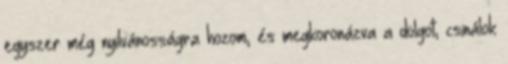
egyszer még nyilvánosságra hozom, és megkoronázva a dolgot, csinálok